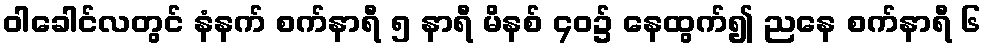
ဝါခေါင်လတွင် နံနက် စက်နာရီ ၅ နာရီ မိနစ် ၄၀၌ နေထွက်၍ ညနေ စက်နာရီ ၆